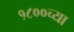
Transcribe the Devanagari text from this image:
१८००च्या